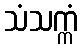
သံသက္ကံ